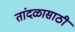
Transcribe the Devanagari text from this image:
तांदळासाठी